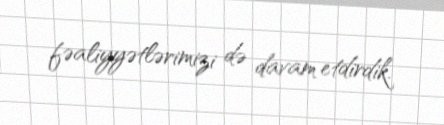
fəaliyyətlərimizi də davam etdirdik.